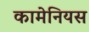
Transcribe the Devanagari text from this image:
कामेनियस